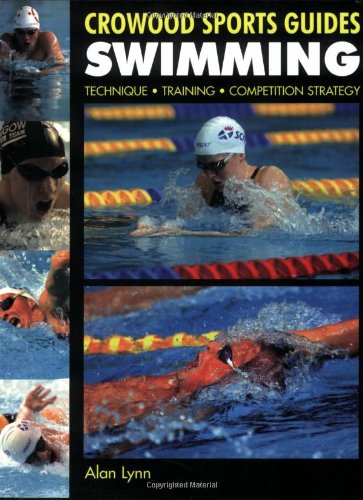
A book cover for Swimming: Technique, Training, Competition Strategy (Crowood Sports Guides); Alan Lynn; Health, Fitness & Dieting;